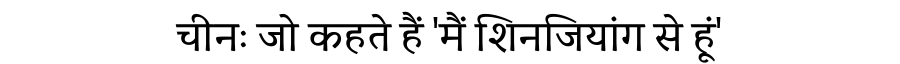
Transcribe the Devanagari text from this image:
चीनः जो कहते हैं 'मैं शिनजियांग से हूं'